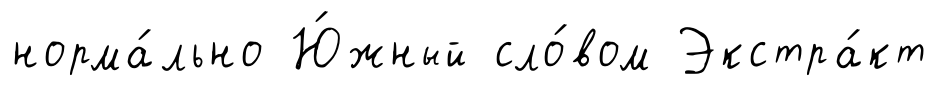
норма́льно Ю́жный сло́вом Экстра́кт